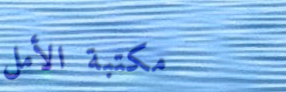
مكتبة الأمل